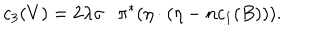
LaTeX: c _ { 3 } ( V ) = 2 \lambda \sigma \cdot \pi ^ { * } ( \eta \cdot ( \eta - n c _ { 1 } ( B ) ) ) .